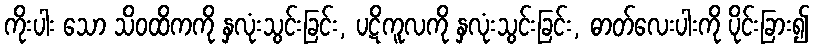
ကိုးပါး သော သိဝထိကကို နှလုံးသွင်းခြင်း, ပဋိကူလကို နှလုံးသွင်းခြင်း, ဓာတ်လေးပါးကို ပိုင်းခြား၍